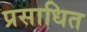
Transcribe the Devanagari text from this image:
प्रसाधित